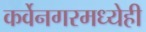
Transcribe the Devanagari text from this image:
कर्वेनगरमध्येही